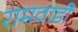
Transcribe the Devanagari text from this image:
रामवाडी